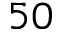
5 0